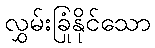
လွှမ်းခြုံနိုင်သော